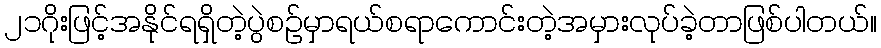
၂၁ဂိုးဖြင့်အနိုင်ရရှိတဲ့ပွဲစဉ်မှာရယ်စရာကောင်းတဲ့အမှားလုပ်ခဲ့တာဖြစ်ပါတယ်။